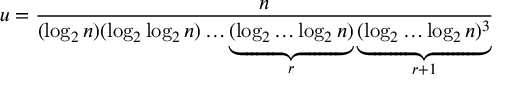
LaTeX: u = { \frac { n } { ( \log _ { 2 } n ) ( \log _ { 2 } \log _ { 2 } n ) \dots \underbrace { ( \log _ { 2 } \dots \log _ { 2 } n ) } _ { r } \underbrace { ( \log _ { 2 } \dots \log _ { 2 } n ) ^ { 3 } } _ { r + 1 } } }